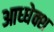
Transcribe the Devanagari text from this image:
आध्धेक्श